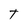
Character: t